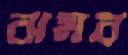
ঝমর